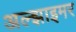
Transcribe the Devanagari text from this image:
अल्‍झाइमर